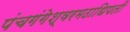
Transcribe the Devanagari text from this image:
पंचगंगेश्वरमठाधिपती